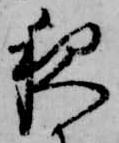
夜